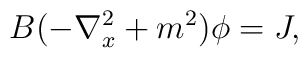
B (-\nabla^2_x + m^2)\phi=J,